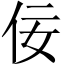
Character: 佞